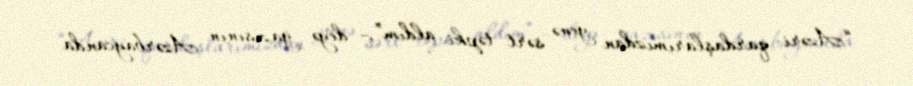
“Azəri qardaşlarımızdan yenə sərt təpki aldım”,- deyə yazısının Azərbaycanda